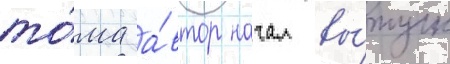
то́ма а́втор начал вы́пуск